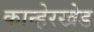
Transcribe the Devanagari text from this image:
कान्हेरखेड